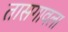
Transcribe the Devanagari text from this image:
तासगावला